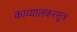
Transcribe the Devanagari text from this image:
काव्यालंकरसूत्र